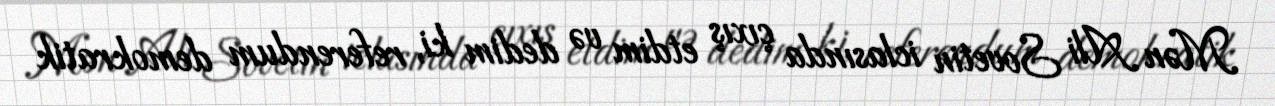
Mən Ali Sovetin iclasında çıxış etdim və dedim ki, referendum demokratik